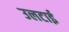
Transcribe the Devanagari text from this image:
उलटाई